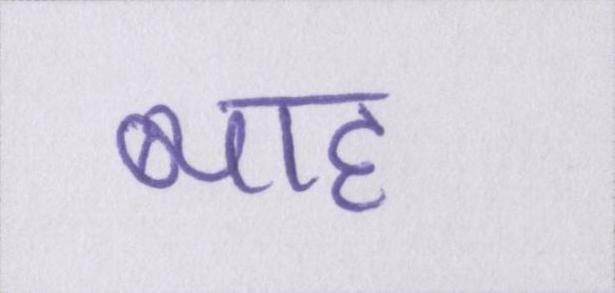
ब्याह